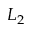
L _ { 2 }